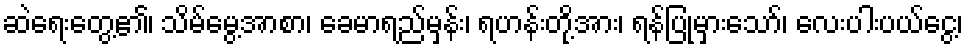
ဆဲရေးတွေ့၏၊ သိမ်မွေ့အာစာ၊ ခေမာရည်မှန်း၊ ရဟန်းတို့အား၊ ရန်ပြုမှားသော်၊ လေးပါးပယ်ငွေ့၊